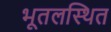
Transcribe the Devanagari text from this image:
भूतलस्थित